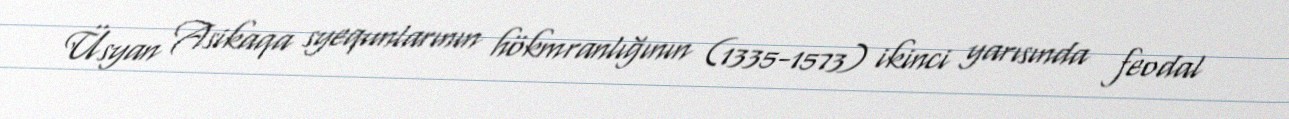
Üsyan Asikaqa syequnlarının hökmranlığının (1335-1573) ikinci yarısında feodal